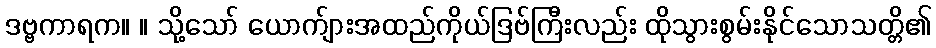
ဒဗ္ဗကာရက။ ။ သို့သော် ယောက်ျားအထည်ကိုယ်ဒြဗ်ကြီးလည်း ထိုသွားစွမ်းနိုင်သောသတ္တိ၏